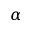
\alpha